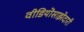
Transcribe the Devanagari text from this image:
वीडियॊसाझेदारी